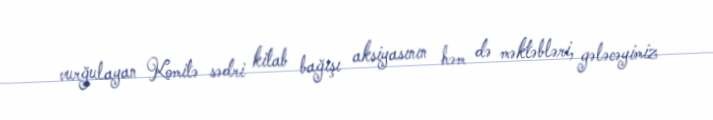
vurğulayan Komitə sədri kitab bağışı aksiyasının həm də məktəbləri, gələcəyimiz